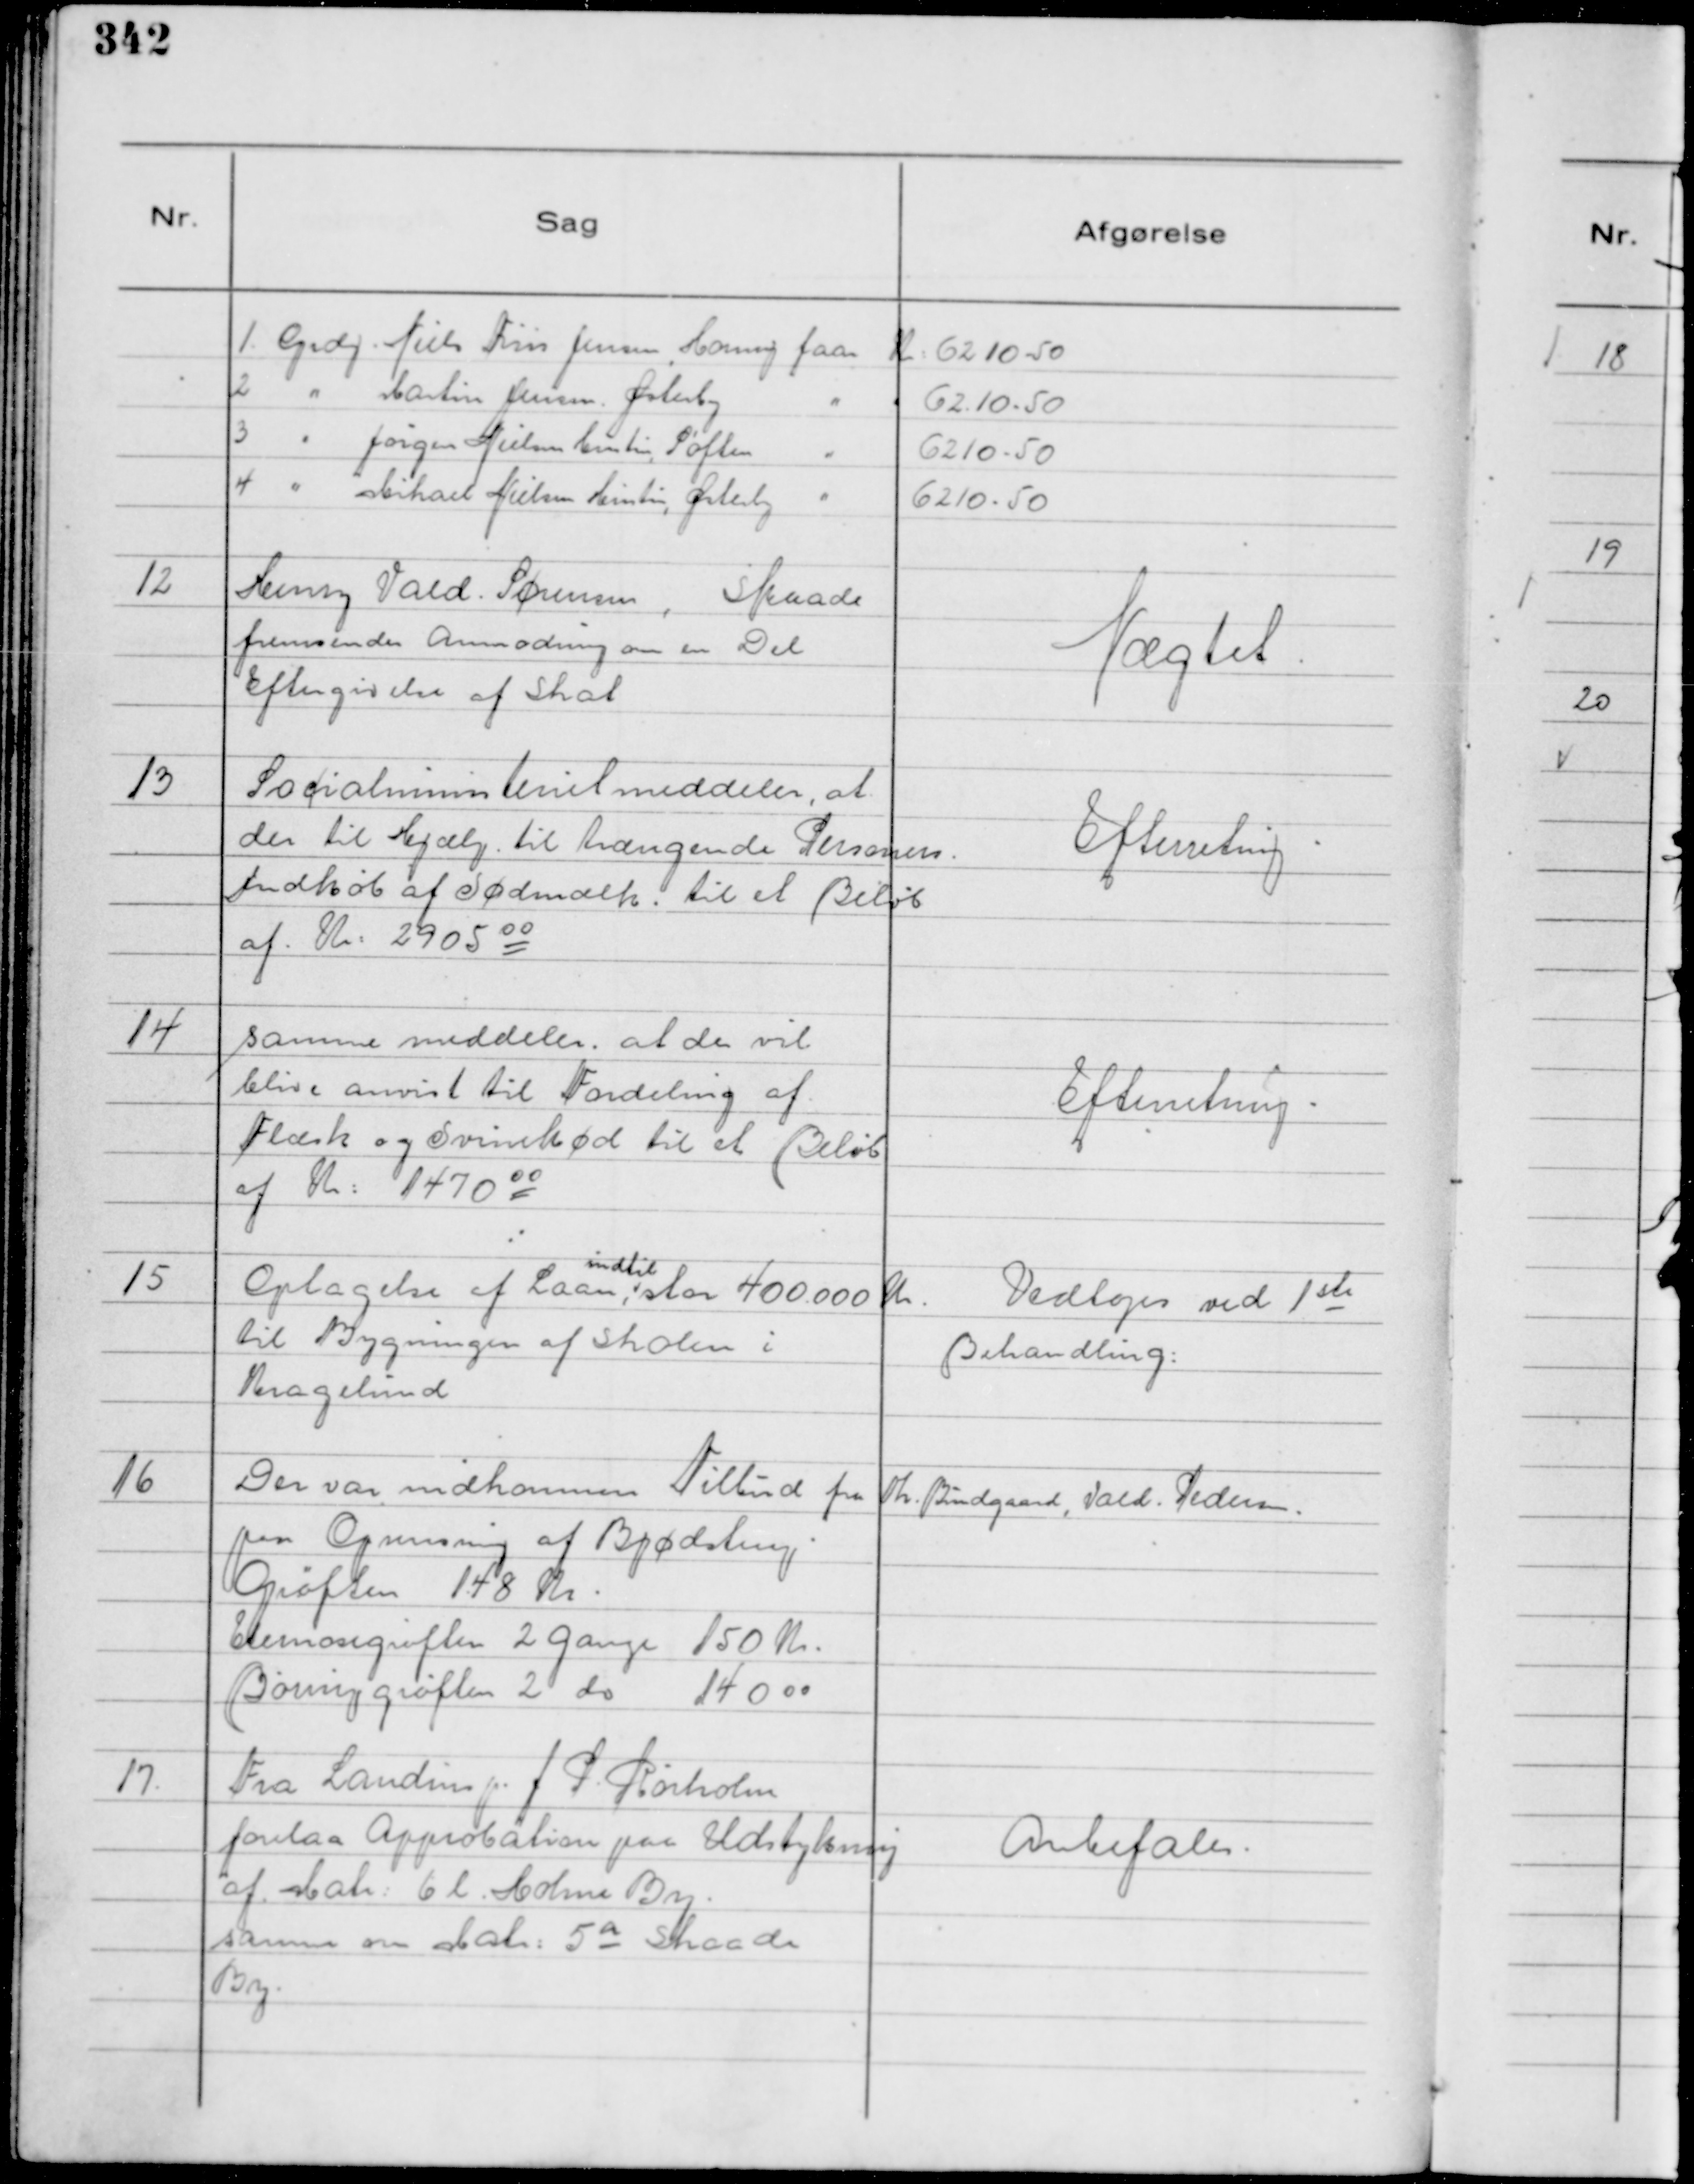
Transskription:
1. Grdj Niels Friis Jensen, Hørning faar
Kr : 6210-50
2 " Martin Jensen, Østerby
"
62.10-50
3 " Jørgen Nielsens Hustru, Søften
"
6210-50
4 " Mikael Nielsens Hustru, Østerby
"
6210-50

12
Henry Vald. Sørensen, Skaade
fremsender Anmodning om en Del
Eftergivelse af Skat

Nægtet

13
Socialministeriet meddeler, at
der til Hjælp til trængende Personers
Indkøb af Sødmælk . til et Beløb
af . Kr: 2905 00

Efterretning.

14
samme meddeler, at der vil
blive anvist til Fordeling af
Flæsk og Svinekød til et Beløb
af Kr: 1470 00

Efterretning.

15
Optagelse af Laan,
indtil
stor 400.000 Kr.
til Bygningen af Skolen i
Kragelund

Vedtoges ved 1 ste
Behandling:

16
Der var indkommen Tilbud fra Th. Bundgaard, Vald. Pedersen.
paa Oprensning af Bjødstrup
Grøften 148 Kr.
Elemosegrøften 2 gange 150 Kr.
Børinggrøften 2 do 140 00

17
Fra Landinsp. J P. Rørholm
forelaa Approbation paa Udstykning
af Matr: 6 b. Holme By.
samme om Matr: 5 a Skaade
By.

Anbefales.